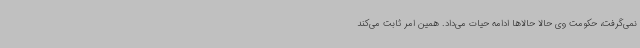
نمی‌گرفت، حکومت وی حالا حالاها ادامه حیات می‌داد. همین امر ثابت می‌کند